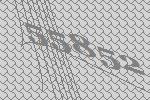
55852